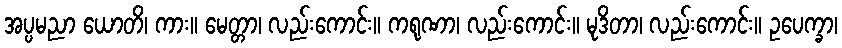
အပ္ပမညာ ယောတိ၊ ကား။ မေတ္တာ၊ လည်းကောင်း။ ကရုဏာ၊ လည်းကောင်း။ မုဒိတာ၊ လည်းကောင်း။ ဥပေက္ခာ၊